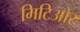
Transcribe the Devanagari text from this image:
मिटिओर